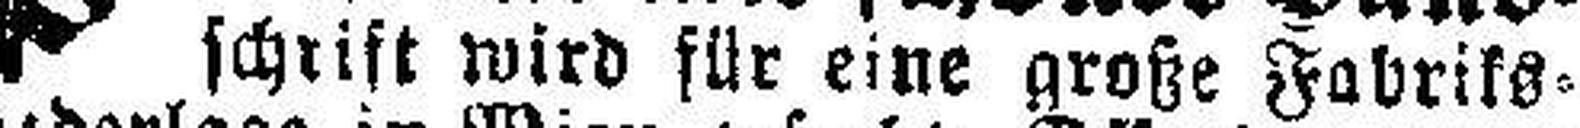
schrift wird für eine große Fabriks¬